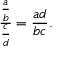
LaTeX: { \frac { \frac { a } { b } } { \frac { c } { d } } } = { \frac { a d } { b c } } .